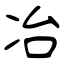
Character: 冶